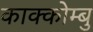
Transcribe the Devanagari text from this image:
काक्कोम्बु